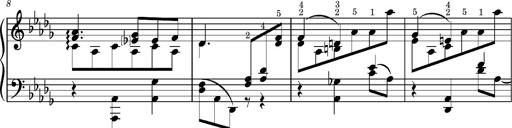
Title: KlavierstÃ¼ck in As-dur No.2 (S.189a/1)
Composer: Franz Liszt
Key: A